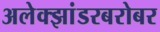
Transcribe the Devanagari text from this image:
अलेक्झांडरबरोबर